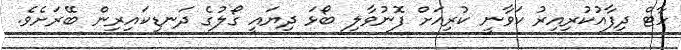
ހާޓް ދިފާއުކުރިއިރު ކަވާނީ ކުރިއަށް ފޮނުވާލި ބޯޅަ ދިޔައީ ގޯލުގެ ދަނޑިކައިރިން ބޭރަށެވެ.